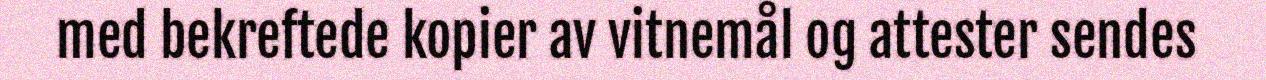
med bekreftede kopier av vitnemål og attester sendes